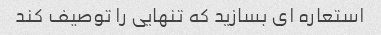
استعاره ای بسازید که تنهایی را توصیف کند